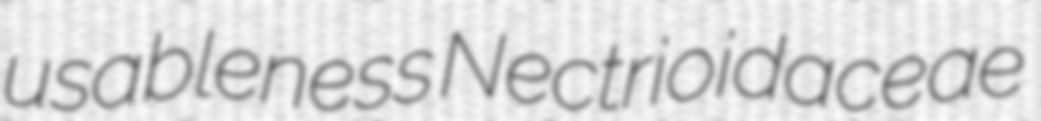
usableness Nectrioidaceae